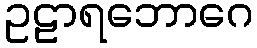
ဥဠာရဘောဂေ